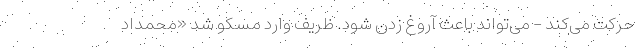
حرکت می‌کند - می‌تواند باعث آروغ زدن شود. ظریف وارد مسکو شد «محمداد